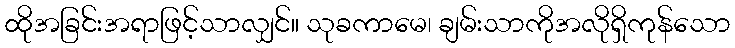
ထိုအခြင်းအရာဖြင့်သာလျှင်။ သုခကာမေ၊ ချမ်းသာကိုအလိုရှိကုန်သော